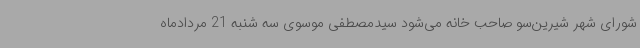
شورای شهر شیرین‌سو صاحب خانه می‌شود سیدمصطفی موسوی سه شنبه 21 مردادماه